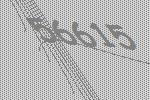
56615